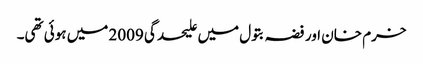
خرم خان اور فضہ بتول میں علیحدگی 2009 میں ہوئی تھی۔